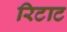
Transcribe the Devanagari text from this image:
रिटाट